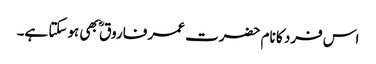
اس فرد کا نام حضرت عمر فاروق ؓ بھی ہوسکتا ہے۔